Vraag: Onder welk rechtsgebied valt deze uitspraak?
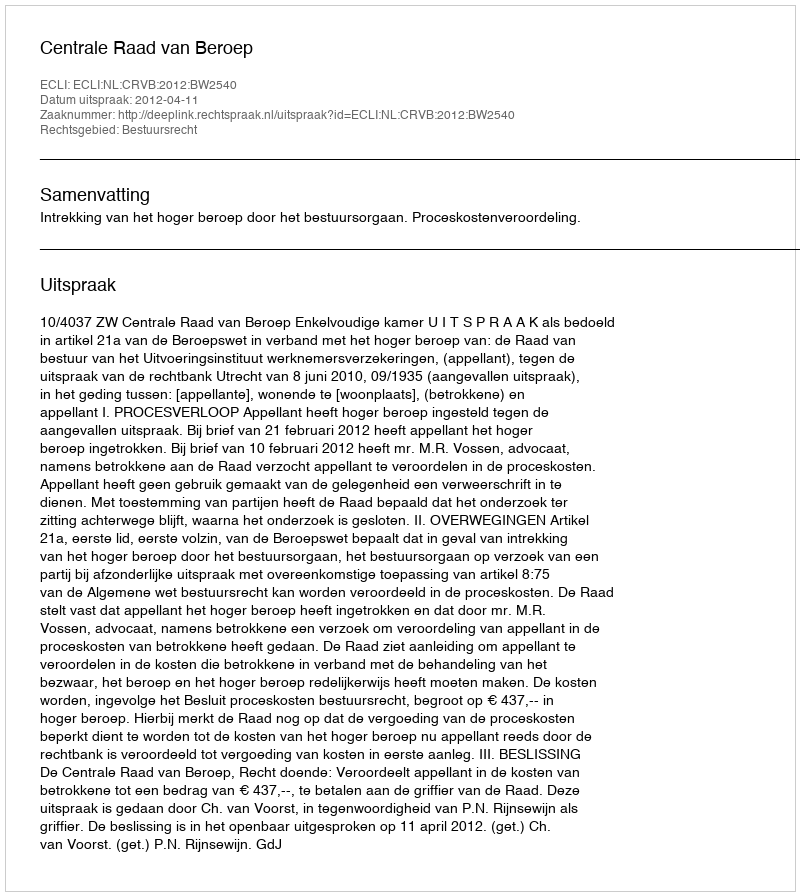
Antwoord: Bestuursrecht